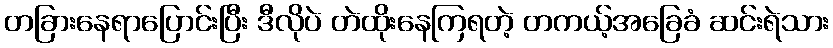
တခြားနေရာပြောင်းပြီး ဒီလိုပဲ တဲထိုးနေကြရတဲ့ တကယ့်အခြေခံ ဆင်းရဲသား